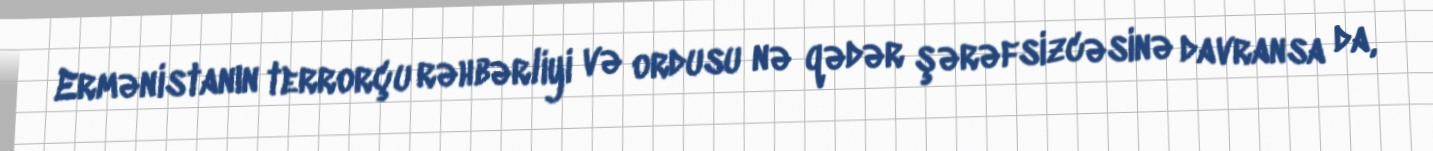
Ermənistanın terrorçu rəhbərliyi və ordusu nə qədər şərəfsizcəsinə davransa da,